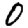
Digit: 0